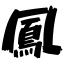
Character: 鳳